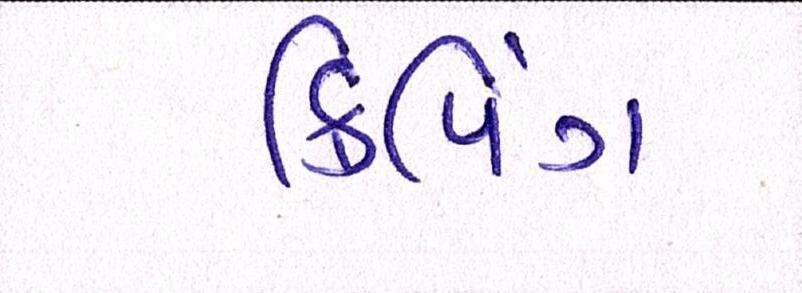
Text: ક્રિપિંગ